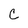
Character: C